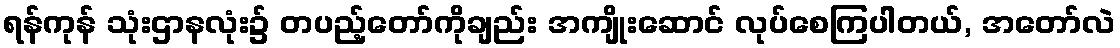
ရန်ကုန် သုံးဌာနလုံး၌ တပည့်တော်ကိုချည်း အကျိုးဆောင် လုပ်စေကြပါတယ်, အတော်လဲ